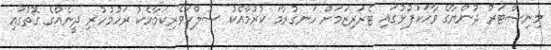
މިނިސްޓަރު ދުންޔާގެެ ވާހަކަފުޅުގައި ޓެރަރިޒަމަށް ހަނގުރާމަ ކުރުމާއެކު ސުލްހަވެރިކަމާއެކު ރަހުމުހުރި ދީނެއްގެ ގޮތުގައި